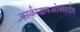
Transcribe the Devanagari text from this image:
कार्बनडायओक्साईड